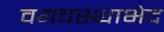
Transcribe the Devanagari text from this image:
वयवस्थाभेद